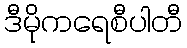
ဒီမိုကရေစီပါတီ